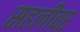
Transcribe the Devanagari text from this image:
सहलीवर